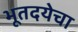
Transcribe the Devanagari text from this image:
भूतदयेचा